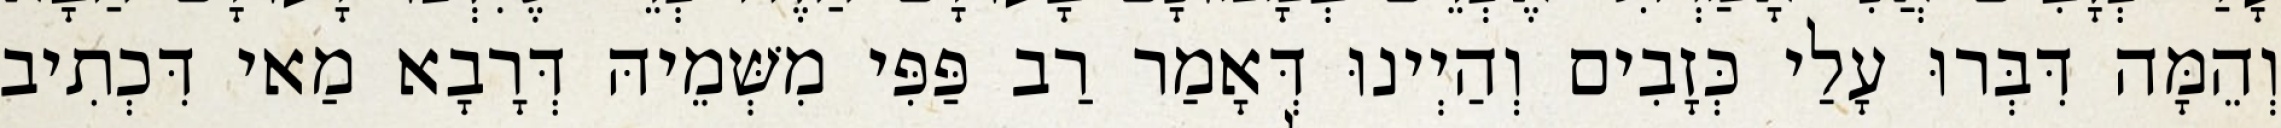
וְהֵמָּה דִּבְּרוּ עָלַי כְּזָבִים וְהַיְינוּ דְּאָמַר רַב פַּפִּי מִשְּׁמֵיהּ דְּרָבָא מַאי דִּכְתִיב